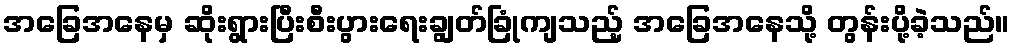
အခြေအနေမှ ဆိုးရွားပြီးစီးပွားရေးချွတ်ခြုံကျသည့် အခြေအနေသို့ တွန်းပို့ခဲ့သည်။